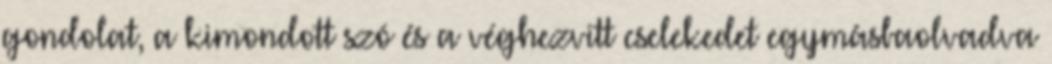
gondolat, a kimondott szó és a véghezvitt cselekedet egymásbaolvadva